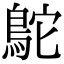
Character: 鴕